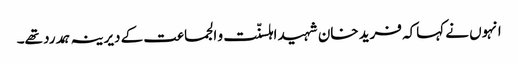
انہوں نے کہاکہ فرید خان شہید اہلسنّت و الجماعت کے دیرینہ ہمدرد تھے۔